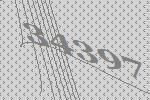
34397